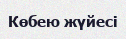
Көбею жүйесі